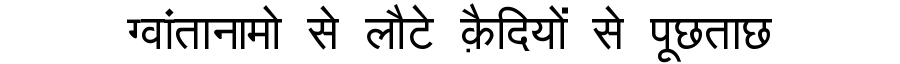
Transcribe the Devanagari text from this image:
ग्वांतानामो से लौटे क़ैदियों से पूछताछ